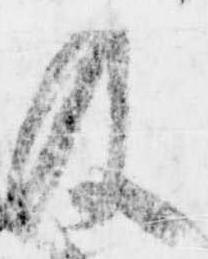
及